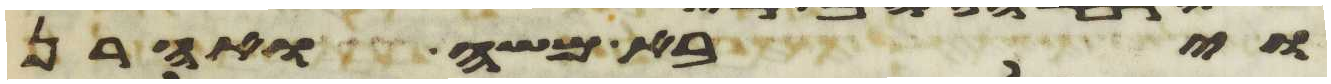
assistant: ויבא משה ואהרן